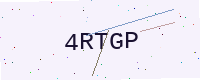
Text: 4RTGP